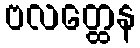
ဗလတ္ထေန